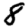
Digit: 8